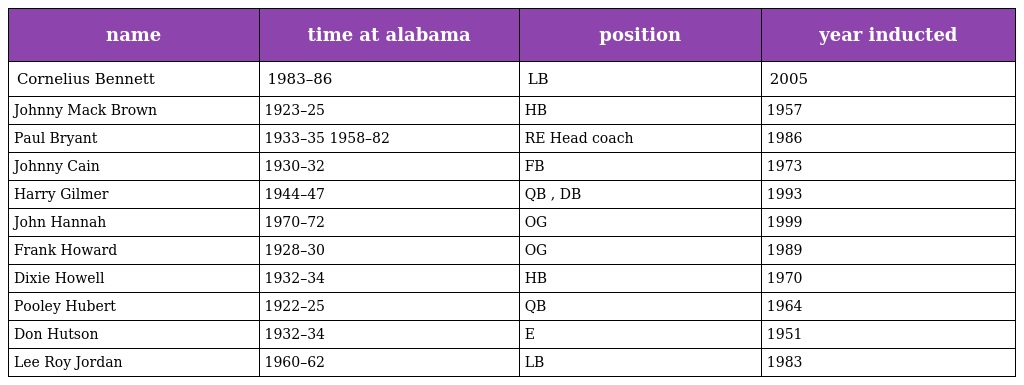
| name | time at alabama | position | year inducted |
 | --- | --- | --- | --- |
 | Cornelius Bennett | 1983–86 | LB | 2005 |
 | Johnny Mack Brown | 1923–25 | HB | 1957 |
 | Paul Bryant | 1933–35 1958–82 | RE Head coach | 1986 |
 | Johnny Cain | 1930–32 | FB | 1973 |
 | Harry Gilmer | 1944–47 | QB , DB | 1993 |
 | John Hannah | 1970–72 | OG | 1999 |
 | Frank Howard | 1928–30 | OG | 1989 |
 | Dixie Howell | 1932–34 | HB | 1970 |
 | Pooley Hubert | 1922–25 | QB | 1964 |
 | Don Hutson | 1932–34 | E | 1951 |
 | Lee Roy Jordan | 1960–62 | LB | 1983 |